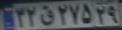
۳۲ق۲۷۵۲۹